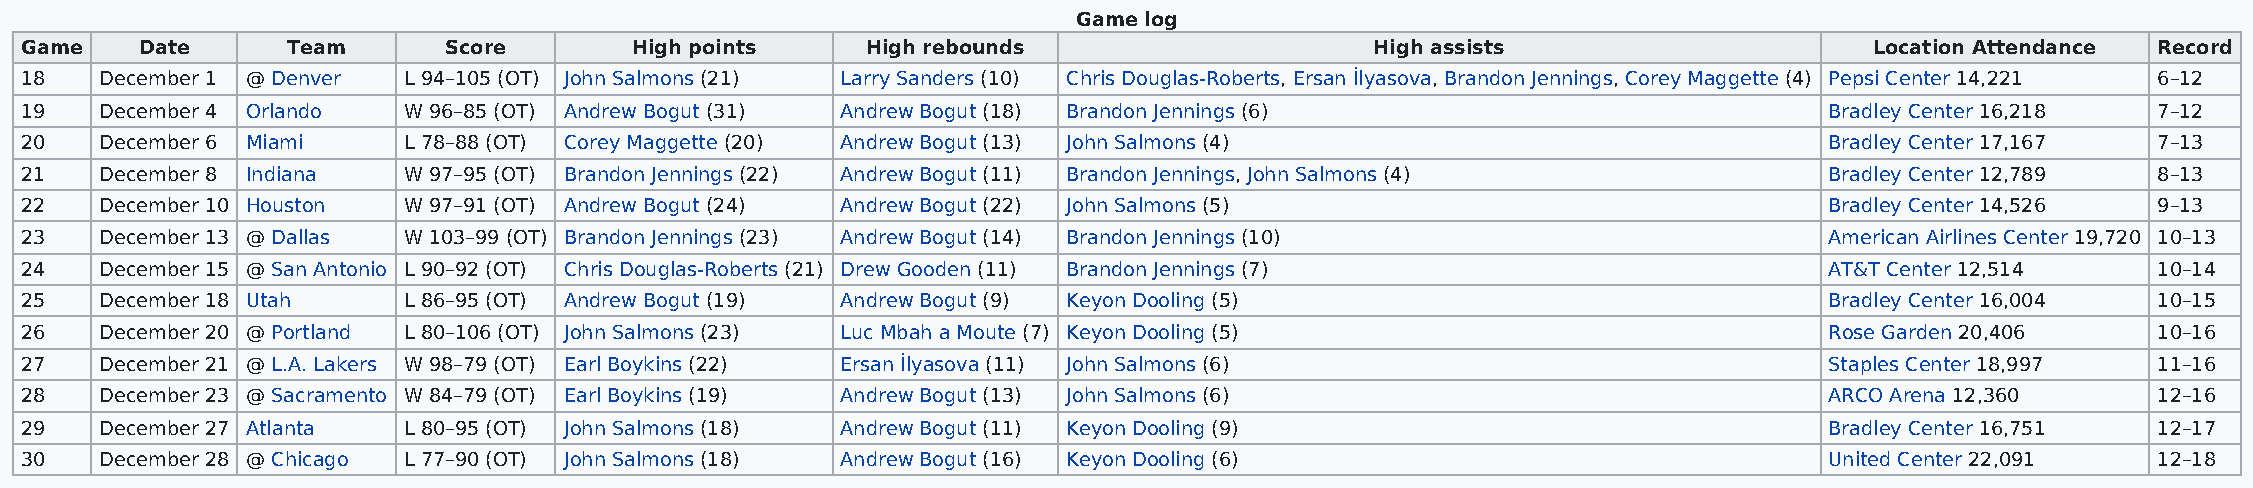
Game log
 Game    Date      Team      Score        High points    High rebounds                     High assists                     Location Attendance Record
 18    December 1 @ Denver L 94–105 (OT) John Salmons (21) Larry Sanders (10) Chris Douglas-Roberts, Ersan İlyasova, Brandon Jennings, Corey Maggette (4) Pepsi Center 14,221 6–12
 19    December 4 Orlando  W 96–85 (OT) Andrew Bogut (31) Andrew Bogut (18) Brandon Jennings (6)                         Bradley Center 16,218 7–12
 20    December 6 Miami    L 78–88 (OT) Corey Maggette (20) Andrew Bogut (13) John Salmons (4)                           Bradley Center 17,167 7–13
 21    December 8 Indiana  W 97–95 (OT) Brandon Jennings (22) Andrew Bogut (11) Brandon Jennings, John Salmons (4)       Bradley Center 12,789 8–13
 22    December 10 Houston W 97–91 (OT) Andrew Bogut (24) Andrew Bogut (22) John Salmons (5)                             Bradley Center 14,526 9–13
 23    December 13 @ Dallas W 103–99 (OT) Brandon Jennings (23) Andrew Bogut (14) Brandon Jennings (10)                  American Airlines Center 19,720 10–13
 24    December 15 @ San Antonio L 90–92 (OT) Chris Douglas-Roberts (21) Drew Gooden (11) Brandon Jennings (7)           AT&T Center 12,514    10–14
 25    December 18 Utah    L 86–95 (OT) Andrew Bogut (19) Andrew Bogut (9) Keyon Dooling (5)                             Bradley Center 16,004 10–15
 26    December 20 @ Portland L 80–106 (OT) John Salmons (23) Luc Mbah a Moute (7) Keyon Dooling (5)                     Rose Garden 20,406    10–16
 27    December 21 @ L.A. Lakers W 98–79 (OT) Earl Boykins (22) Ersan İlyasova (11) John Salmons (6)                     Staples Center 18,997 11–16
 28    December 23 @ Sacramento W 84–79 (OT) Earl Boykins (19) Andrew Bogut (13) John Salmons (6)                        ARCO Arena 12,360     12–16
 29    December 27 Atlanta L 80–95 (OT) John Salmons (18) Andrew Bogut (11) Keyon Dooling (9)                            Bradley Center 16,751 12–17
 30    December 28 @ Chicago L 77–90 (OT) John Salmons (18) Andrew Bogut (16) Keyon Dooling (6)                          United Center 22,091  12–18